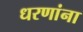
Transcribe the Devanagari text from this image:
धरणांना